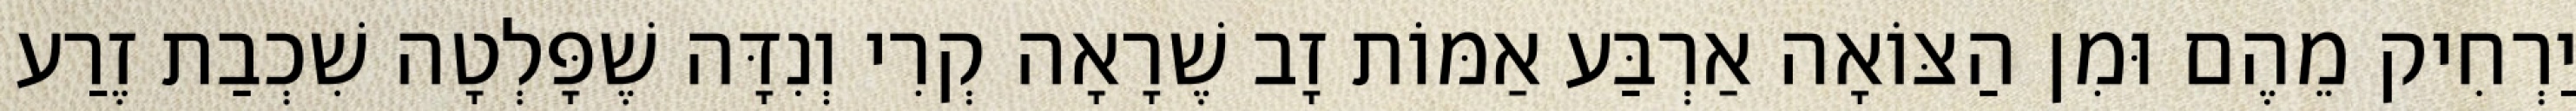
יַרְחִיק מֵהֶם וּמִן הַצּוֹאָה אַרְבַּע אַמּוֹת זָב שֶׁרָאָה קְרִי וְנִדָּה שֶׁפָּלְטָה שִׁכְבַת זֶרַע